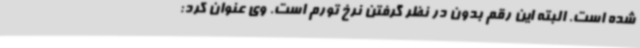
شده است. البته این رقم بدون در نظر گرفتن نرخ تورم است. وی عنوان کرد: